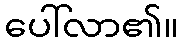
ပေါ်လာ၏။